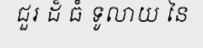
ជួរ ដ៏ ធំ ទូលាយ នៃ